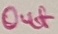
Text: Out